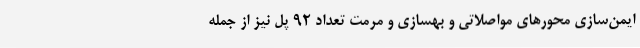
ایمن‌سازی محورهای مواصلاتی و بهسازی و مرمت تعداد 92 پل نیز از جمله